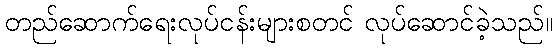
တည်ဆောက်ရေးလုပ်ငန်းများစတင် လုပ်ဆောင်ခဲ့သည်။